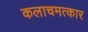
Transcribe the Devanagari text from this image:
कलाचमत्कार